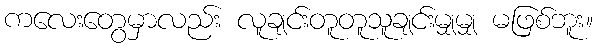
ကလေးတွေမှာလည်း လူချင်းတူတူသူချင်းမျှမျှ မဖြစ်ဘူး။